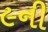
૯ની